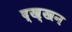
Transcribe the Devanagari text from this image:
द्ख्खन